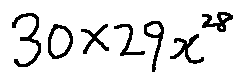
3 0 \times 2 9 x ^ { 2 8 }